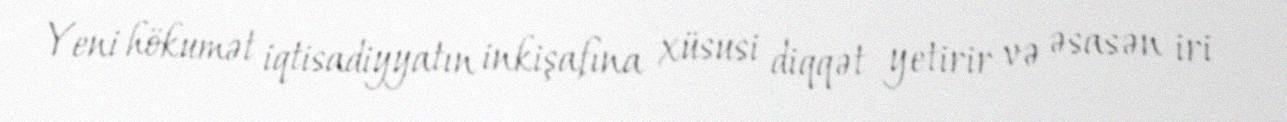
Yeni hökumət iqtisadiyyatın inkişafına xüsusi diqqət yetirir və əsasən iri